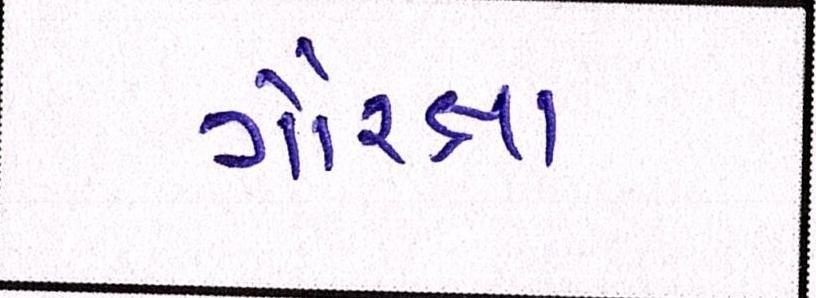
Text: ગૌરક્ષા